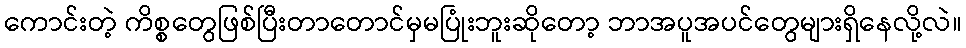
ကောင်းတဲ့ ကိစ္စတွေဖြစ်ပြီးတာတောင်မှမပြုံးဘူးဆိုတော့ ဘာအပူအပင်တွေများရှိနေလို့လဲ။